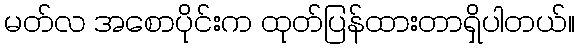
မတ်လ အစောပိုင်းက ထုတ်ပြန်ထားတာရှိပါတယ်။